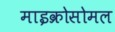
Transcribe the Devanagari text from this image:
माइक्रोसोमल